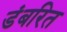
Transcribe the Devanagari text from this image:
डंबरित